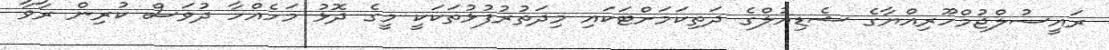
ރައީސުލްޖުމްހޫރިއްޔާގެ ޝެޑިއުލްގެ ދަތިކަމަށްޓަކައި މިދަތުރުފުޅުތަކަކީ މީގެ ދޮޅު މަހެއްހާ ދުވަސް ކުރިން ރާވާ